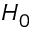
H _ { 0 }